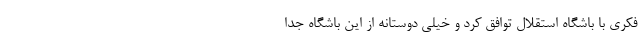
فکری با باشگاه استقلال توافق کرد و خیلی دوستانه از این باشگاه جدا